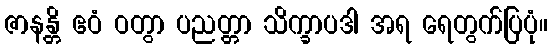
ဇာနန္တိ ဧဝံ ဝတွာ ပညတ္တာ သိက္ခာပဒါ အရ ရေတွက်ပြပုံ။